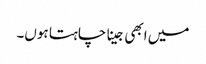
میں ابھی جینا چاہتا ہوں۔